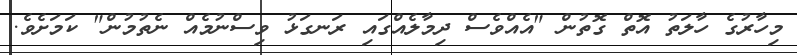
މިހާރުގެ ހާލަތު އޮތް ގޮތުން "އެއްވެސް ދިމާލެއްގައި ރަނގަޅު ވިސްނުމެއް ނެތުމުން" ކަމަށެވެ.